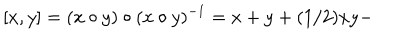
[ x , y ] = ( x \circ y ) \circ ( x \circ y ) ^ { - 1 } = x + y + ( 1 / 2 ) x y -